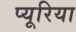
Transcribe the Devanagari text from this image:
प्यूरिया